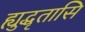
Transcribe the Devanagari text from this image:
ह्युद्धृतासि